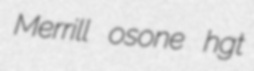
Merrill osone hgt